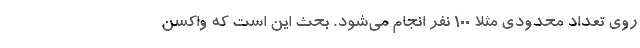
روی تعداد محدودی مثلاً 100 نفر انجام می‌شود. بحث این است که واکسن